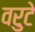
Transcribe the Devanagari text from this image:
वरुटे